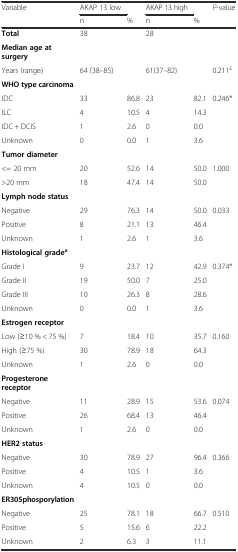
<table><thead><tr><td><b>Variable</b></td><td><b>AKAP 13 low</b></td><td></td><td><b>AKAP 13 high</b></td><td></td><td><b><i>P</i>-value</b></td></tr><tr><td></td><td><b>n</b></td><td><b>%</b></td><td><b>n</b></td><td><b>%</b></td><td></td></tr></thead><tbody><tr><td><b>Total</b></td><td>38</td><td></td><td>28</td><td></td><td></td></tr><tr><td><b>Median age at surgery</b></td><td></td><td></td><td></td><td></td><td></td></tr><tr><td>Years (range)</td><td>64 (38–85)</td><td></td><td>61(37–82)</td><td></td><td>0.211<sup>£</sup></td></tr><tr><td><b>WHO type carcinoma</b></td><td></td><td></td><td></td><td></td><td></td></tr><tr><td>IDC</td><td>33</td><td>86.8</td><td>23</td><td>82.1</td><td>0.246*</td></tr><tr><td>ILC</td><td>4</td><td>10.5</td><td>4</td><td>14.3</td><td></td></tr><tr><td>IDC + DCIS</td><td>1</td><td>2.6</td><td>0</td><td>0.0</td><td></td></tr><tr><td>Unknown</td><td>0</td><td>0.0</td><td>1</td><td>3.6</td><td></td></tr><tr><td><b>Tumor diameter</b></td><td></td><td></td><td></td><td></td><td></td></tr><tr><td>&lt;= 20 mm</td><td>20</td><td>52.6</td><td>14</td><td>50.0</td><td>1.000</td></tr><tr><td>&gt;20 mm</td><td>18</td><td>47.4</td><td>14</td><td>50.0</td><td></td></tr><tr><td><b>Lymph node status</b></td><td></td><td></td><td></td><td></td><td></td></tr><tr><td>Negative</td><td>29</td><td>76.3</td><td>14</td><td>50.0</td><td>0.033</td></tr><tr><td>Positive</td><td>8</td><td>21.1</td><td>13</td><td>46.4</td><td></td></tr><tr><td>Unknown</td><td>1</td><td>2.6</td><td>1</td><td>3.6</td><td></td></tr><tr><td><b>Histological grade</b><sup><b>a</b></sup></td><td></td><td></td><td></td><td></td><td></td></tr><tr><td>Grade I</td><td>9</td><td>23.7</td><td>12</td><td>42.9</td><td>0.374*</td></tr><tr><td>Grade II</td><td>19</td><td>50.0</td><td>7</td><td>25.0</td><td></td></tr><tr><td>Grade III</td><td>10</td><td>26.3</td><td>8</td><td>28.6</td><td></td></tr><tr><td>Unknown</td><td>0</td><td>0.0</td><td>1</td><td>3.6</td><td></td></tr><tr><td><b>Estrogen receptor</b></td><td></td><td></td><td></td><td></td><td></td></tr><tr><td>Low (≥10 % &lt; 75 %)</td><td>7</td><td>18.4</td><td>10</td><td>35.7</td><td>0.160</td></tr><tr><td>High (≥75 %)</td><td>30</td><td>78.9</td><td>18</td><td>64.3</td><td></td></tr><tr><td>Unknown</td><td>1</td><td>2.6</td><td>0</td><td>0.0</td><td></td></tr><tr><td><b>Progesterone receptor</b></td><td></td><td></td><td></td><td></td><td></td></tr><tr><td>Negative</td><td>11</td><td>28.9</td><td>15</td><td>53.6</td><td>0.074</td></tr><tr><td>Positive</td><td>26</td><td>68.4</td><td>13</td><td>46.4</td><td></td></tr><tr><td>Unknown</td><td>1</td><td>2.6</td><td>0</td><td>0.0</td><td></td></tr><tr><td><b>HER2 status</b></td><td></td><td></td><td></td><td></td><td></td></tr><tr><td>Negative</td><td>30</td><td>78.9</td><td>27</td><td>96.4</td><td>0.366</td></tr><tr><td>Positive</td><td>4</td><td>10.5</td><td>1</td><td>3.6</td><td></td></tr><tr><td>Unknown</td><td>4</td><td>10.5</td><td>0</td><td>0.0</td><td></td></tr><tr><td><b>ER305phosporylation</b></td><td></td><td></td><td></td><td></td><td></td></tr><tr><td>Negative</td><td>25</td><td>78.1</td><td>18</td><td>66.7</td><td>0.510</td></tr><tr><td>Positive</td><td>5</td><td>15.6</td><td>6</td><td>22.2</td><td></td></tr><tr><td>Unknown</td><td>2</td><td>6.3</td><td>3</td><td>11.1</td><td></td></tr></tbody></table>